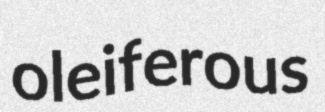
oleiferous